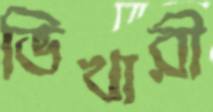
ভিখারী